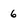
Character: 6